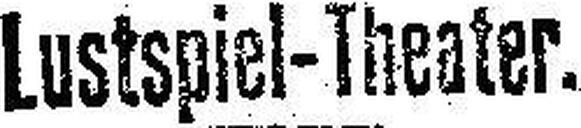
Lustspiel-Theater.